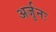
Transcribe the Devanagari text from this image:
अर्जुनः